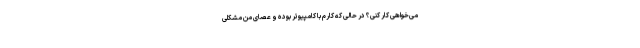
می‌خواهی کار کنی؟ در حالی که کارم با کامپیوتر بوده و عصای من مشکلی